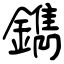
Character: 鐫